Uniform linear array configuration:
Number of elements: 32
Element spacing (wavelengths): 0.75
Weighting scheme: uniform
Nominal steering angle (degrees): -30
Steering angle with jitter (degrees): -28.977
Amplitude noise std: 0.05
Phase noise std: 0.05

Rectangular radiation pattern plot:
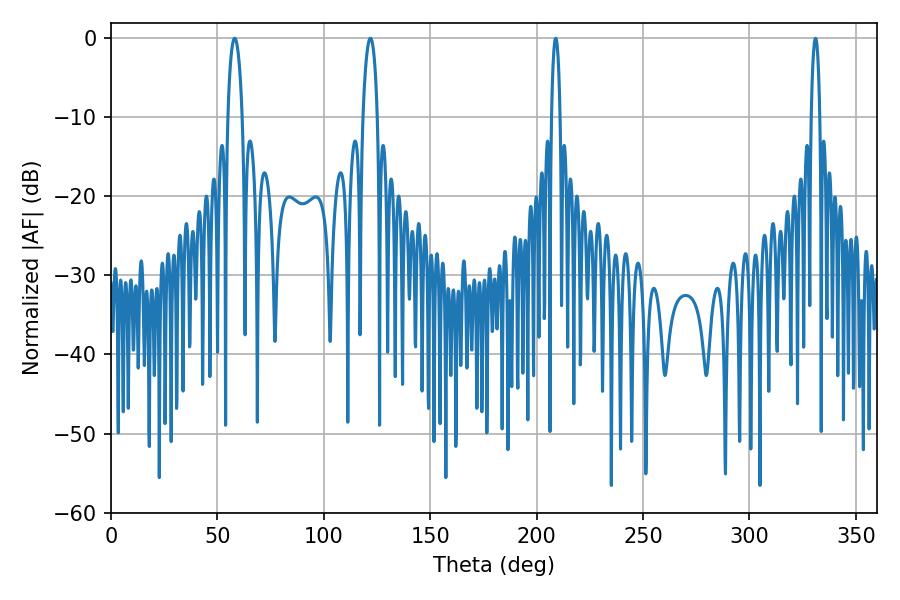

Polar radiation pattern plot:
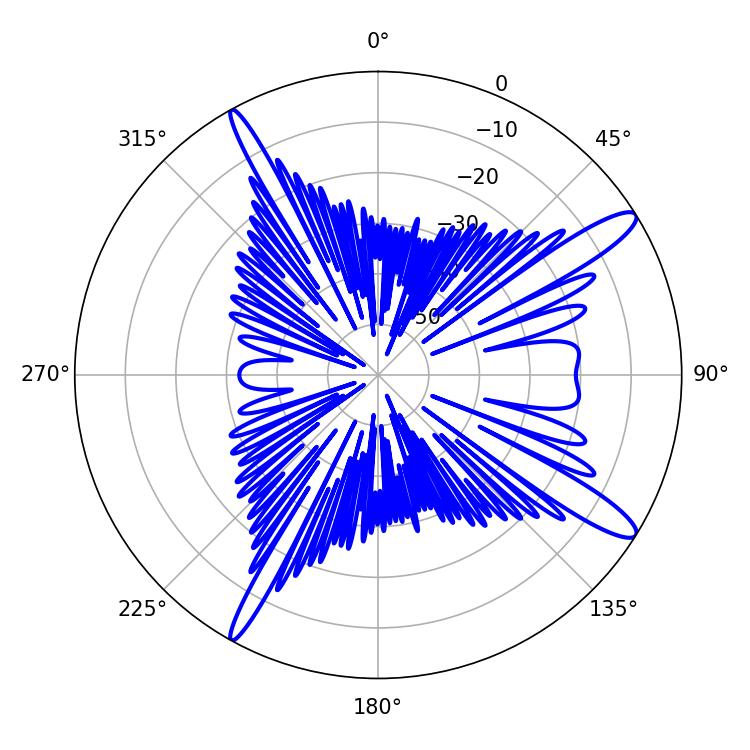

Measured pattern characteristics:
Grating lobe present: TRUE
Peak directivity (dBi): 13.506
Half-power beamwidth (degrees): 3.78
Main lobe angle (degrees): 58.14